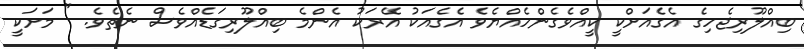
ބިއްލޫރިޖެހިގެ އެގެއަށްކީ ކީއްވެގެންހެއްޔެވެ އެގެއަކު އޭރަކު އެންމެ ބިއްލޫރިގަޑެއްވެސް ނެތެވެ. " މަށަކީ